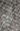
أو